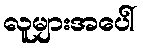
လူများအပေါ်